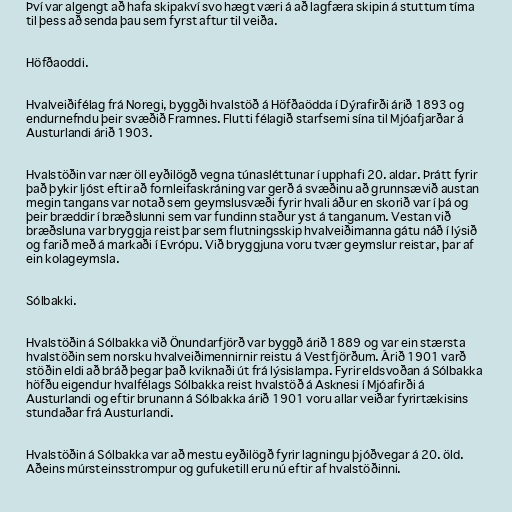
Því var algengt að hafa skipakví svo hægt væri á að lagfæra skipin á stuttum tíma
til þess að senda þau sem fyrst aftur til veiða.

Höfðaoddi.

Hvalveiðifélag frá Noregi, byggði hvalstöð á Höfðaödda í Dýrafirði árið 1893 og
endurnefndu þeir svæðið Framnes. Flutti félagið starfsemi sína til Mjóafjarðar á
Austurlandi árið 1903.

Hvalstöðin var nær öll eyðilögð vegna túnasléttunar í upphafi 20. aldar. Þrátt fyrir
það þykir ljóst eftir að fornleifaskráning var gerð á svæðinu að grunnsævið austan
megin tangans var notað sem geymslusvæði fyrir hvali áður en skorið var í þá og
þeir bræddir í bræðslunni sem var fundinn staður yst á tanganum. Vestan við
bræðsluna var bryggja reist þar sem flutningsskip hvalveiðimanna gátu náð í lýsið
og farið með á markaði í Evrópu. Við bryggjuna voru tvær geymslur reistar, þar af
ein kolageymsla.

Sólbakki.

Hvalstöðin á Sólbakka við Önundarfjörð var byggð árið 1889 og var ein stærsta
hvalstöðin sem norsku hvalveiðimennirnir reistu á Vestfjörðum. Árið 1901 varð
stöðin eldi að bráð þegar það kviknaði út frá lýsislampa. Fyrir eldsvoðan á Sólbakka
höfðu eigendur hvalfélags Sólbakka reist hvalstöð á Asknesi í Mjóafirði á
Austurlandi og eftir brunann á Sólbakka árið 1901 voru allar veiðar fyrirtækisins
stundaðar frá Austurlandi.

Hvalstöðin á Sólbakka var að mestu eyðilögð fyrir lagningu þjóðvegar á 20. öld.
Aðeins múrsteinsstrompur og gufuketill eru nú eftir af hvalstöðinni.